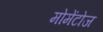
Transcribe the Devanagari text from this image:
मोमेंटोज